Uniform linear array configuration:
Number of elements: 32
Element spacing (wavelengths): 0.25
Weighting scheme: blackman
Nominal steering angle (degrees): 0
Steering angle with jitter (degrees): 1.942
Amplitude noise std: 0.05
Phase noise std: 0.05

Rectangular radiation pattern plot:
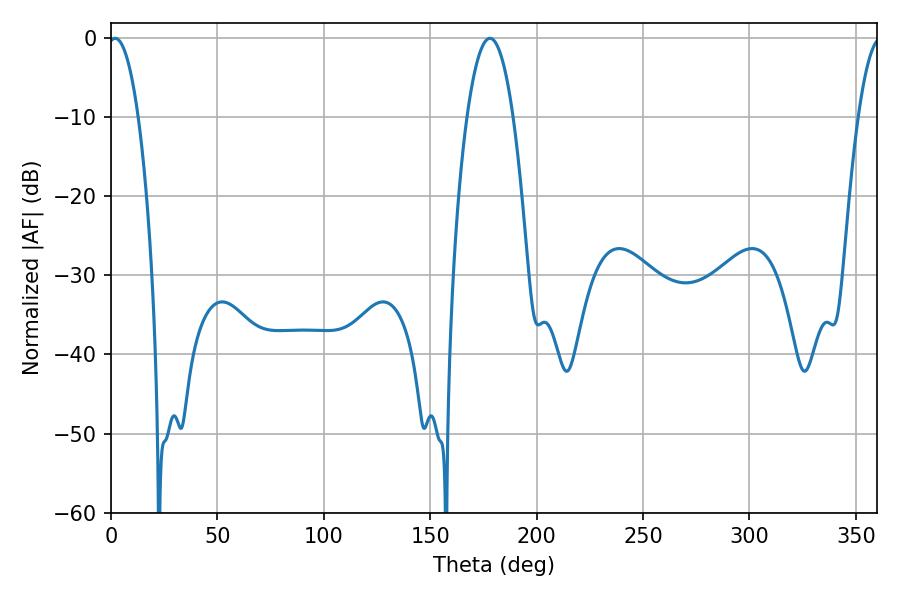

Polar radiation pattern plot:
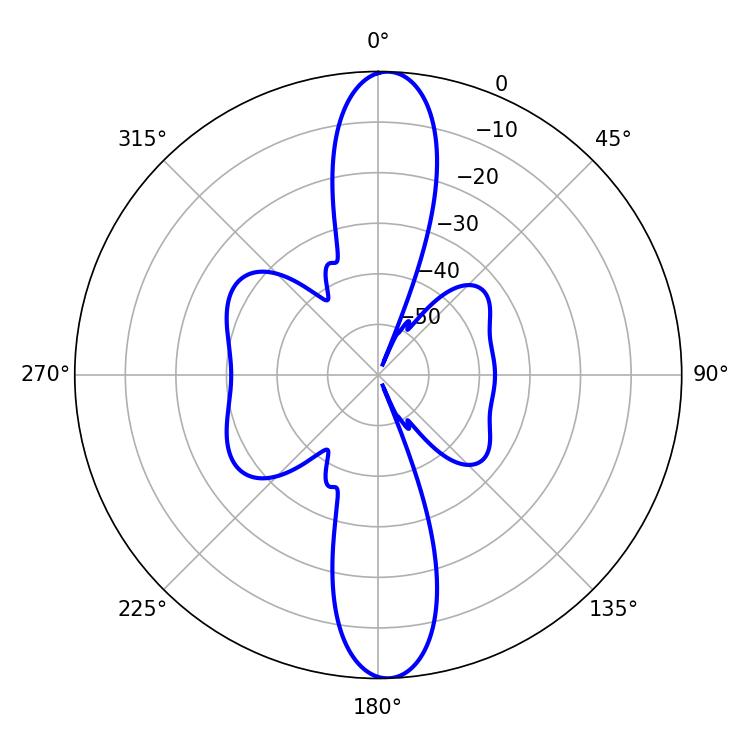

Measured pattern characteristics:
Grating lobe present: FALSE
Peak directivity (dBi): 21.792
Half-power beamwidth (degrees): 7.92
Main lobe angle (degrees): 1.98